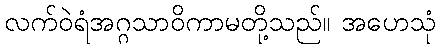
လက်ဝဲရံအဂ္ဂသာဝိကာမတို့သည်။ အဟေသုံ